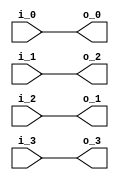
module premuat1_4(
      
               i_0,
               i_1,
               i_2,
               i_3,
               
               o_0,
               o_1,
               o_2,
               o_3
);

// ********************************************
//                                             
//    INPUT / OUTPUT DECLARATION                                               
//                                                                             
// ********************************************

input  signed  [18:0]   i_0;
input  signed  [18:0]   i_1;
input  signed  [18:0]   i_2;
input  signed  [18:0]   i_3;

output  signed [18:0]   o_0;
output  signed [18:0]   o_1;
output  signed [18:0]   o_2;
output  signed [18:0]   o_3;

// ********************************************
//                                             
//    Combinational Logic                      
//                                             
// ********************************************
assign  o_0=i_0;
assign  o_1=i_2;
assign  o_2=i_1;
assign  o_3=i_3;

endmodule